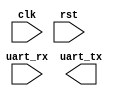
module uart_controller (
    input wire clk,
    input wire rst,
    input wire uart_rx,
    output wire uart_tx
);

// Timing control and synchronization blocks

// Sample rate adjustment

// Baud rate generation

// Clock domain crossing

// Bit synchronization

// Error detection/correction

// FIFO buffers

endmodule